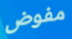
مفوض